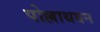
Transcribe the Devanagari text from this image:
पोल्लाथवन